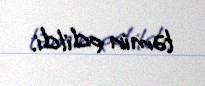
təmin edildi.